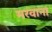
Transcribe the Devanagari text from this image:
मरवाना